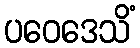
ပဝေဒေသိံ